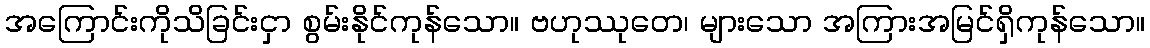
အကြောင်းကိုသိခြင်းငှာ စွမ်းနိုင်ကုန်သော။ ဗဟုဿုတေ၊ များသော အကြားအမြင်ရှိကုန်သော။